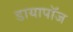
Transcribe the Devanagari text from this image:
डायापॉज